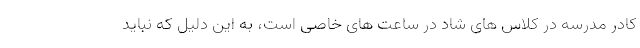
کادر مدرسه در کلاس های شاد در ساعت های خاصی است، به این دلیل که نباید